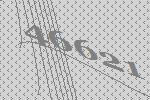
46621